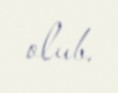
olub.